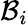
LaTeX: \mathcal{B}_{i}